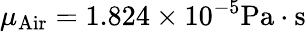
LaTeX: \mu_{\mathrm{{Air}}}=1.824\times 10^{-5}\mathrm{{Pa\cdot s}}